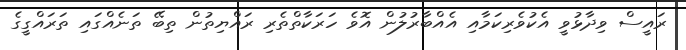
ރައީސް ވިދާޅުވީ އެކުވެރިކަމާއި އެއްބާރުލުން އޮވެ ހަރަކާތްތެރި ރައްޔިތުން ތިބޭ ތަނެއްގައި ތަރައްގީގެ